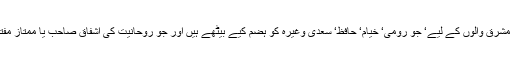
اسی طرح ان کا تصوف بھی ادھر برازیل والوں کے لیے شاید نیا ہو لیکن ہم لوگوں کے لیے‘ مشرق والوں کے لیے‘ جو رومی‘ خیام‘ حافظ‘ سعدی وغیرہ کو ہضم کیے بیٹھے ہیں اور جو روحانیت کی اشفاق صاحب یا ممتاز مفتی والی ماڈرن ترین فارم بھی نبھائے ہوئے ہیں‘ ہمارے لیے اس کتاب میں کچھ نیا نہیں ہے۔